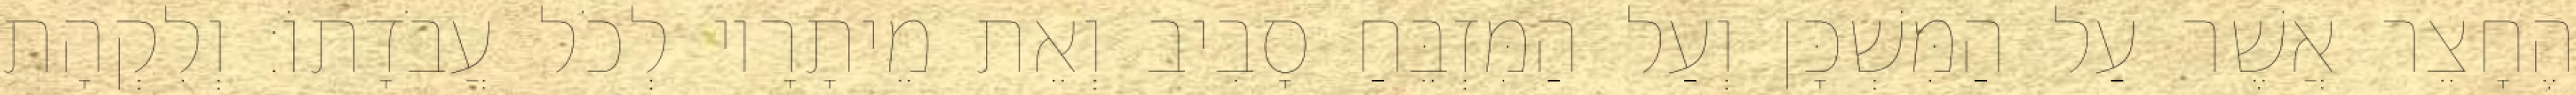
הֶחָצֵר אֲשֶׁר עַל הַמִּשְׁכָּן וְעַל הַמִּזְבֵּחַ סָבִיב וְאֵת מֵיתָרָיו לְכֹל עֲבֹדָתוֹ׃ וְלִקְהָת